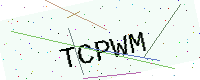
Text: TCPWM